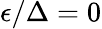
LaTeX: \epsilon/\Delta=0